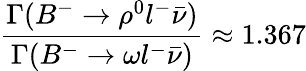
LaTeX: \frac{\Gamma(B^{-}\rightarrow\rho^{0}l^{-}\bar{\nu})}{\Gamma(B^{-}\rightarrow\omega l^{-}\bar{\nu})}\approx 1.367